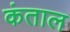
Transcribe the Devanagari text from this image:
कंताल